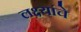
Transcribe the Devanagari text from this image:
लक्ष्यांचे